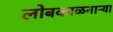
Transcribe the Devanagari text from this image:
लोबकाळनाऱ्या